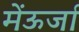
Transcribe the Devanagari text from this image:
मेंऊर्जा